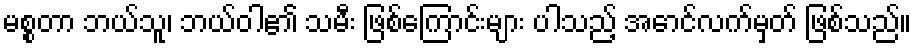
မစ္စတာ ဘယ်သူ၊ ဘယ်ဝါ၏ သမီး ဖြစ်ကြောင်းများ ပါသည့် အောင်လက်မှတ် ဖြစ်သည်။